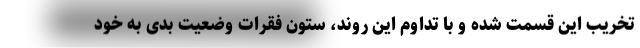
تخریب این قسمت شده و با تداوم این روند، ستون فقرات وضعیت بدی به خود